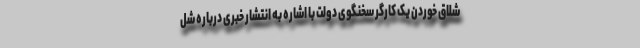
شلاق خوردن یک کارگر سخنگوی دولت با اشاره به انتشار خبری درباره شل